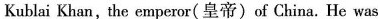
Kublai Khan, the emperor(皇帝)of China. He was